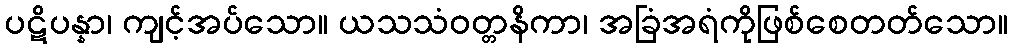
ပဋိပန္နာ၊ ကျင့်အပ်သော။ ယသသံဝတ္တနိကာ၊ အခြံအရံကိုဖြစ်စေတတ်သော။